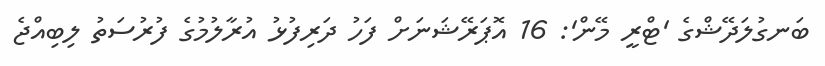
ބަނގުލަދޭޝްގެ 'ޓްރީ މޭން': 16 އޮޕަރޭޝަނަށް ފަހު ދަރިފުޅު އުރާލުމުގެ ފުރުސަތު ލިބިއްޖެ